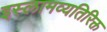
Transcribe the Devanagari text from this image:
इस्लामव्यतिरिक्त